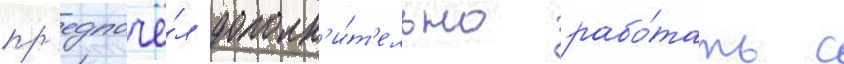
пр'едпочё́л дополн'и́т'ельно рабо́тать с